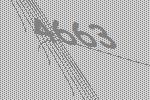
4663